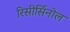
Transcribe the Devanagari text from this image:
रिसीर्सिनोल